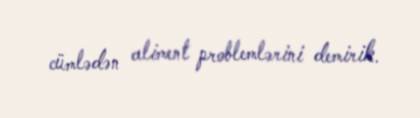
cümlədən aliment problemlərini demirik.